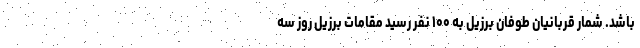
باشد. شمار قربانیان طوفان برزیل به ۱۰۰ نفر رسید مقامات برزیل روز سه